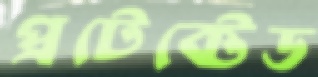
প্রটেক্টেড